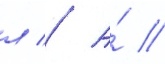
л // А́ //